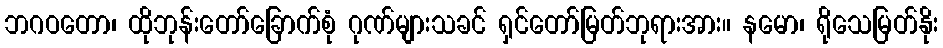
ဘဂဝတော၊ ထိုဘုန်းတော်ခြောက်စုံ ဂုဏ်များသခင် ရှင်တော်မြတ်ဘုရားအား။ နမော၊ ရိုသေမြတ်နိုး